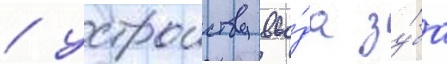
/ устроиству вво́да зу́ба